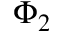
\Phi _ { 2 }